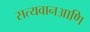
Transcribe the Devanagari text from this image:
सत्यवानआणि